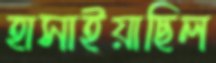
হাসাইয়াছিল